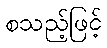
စသည့်ဖြင့်